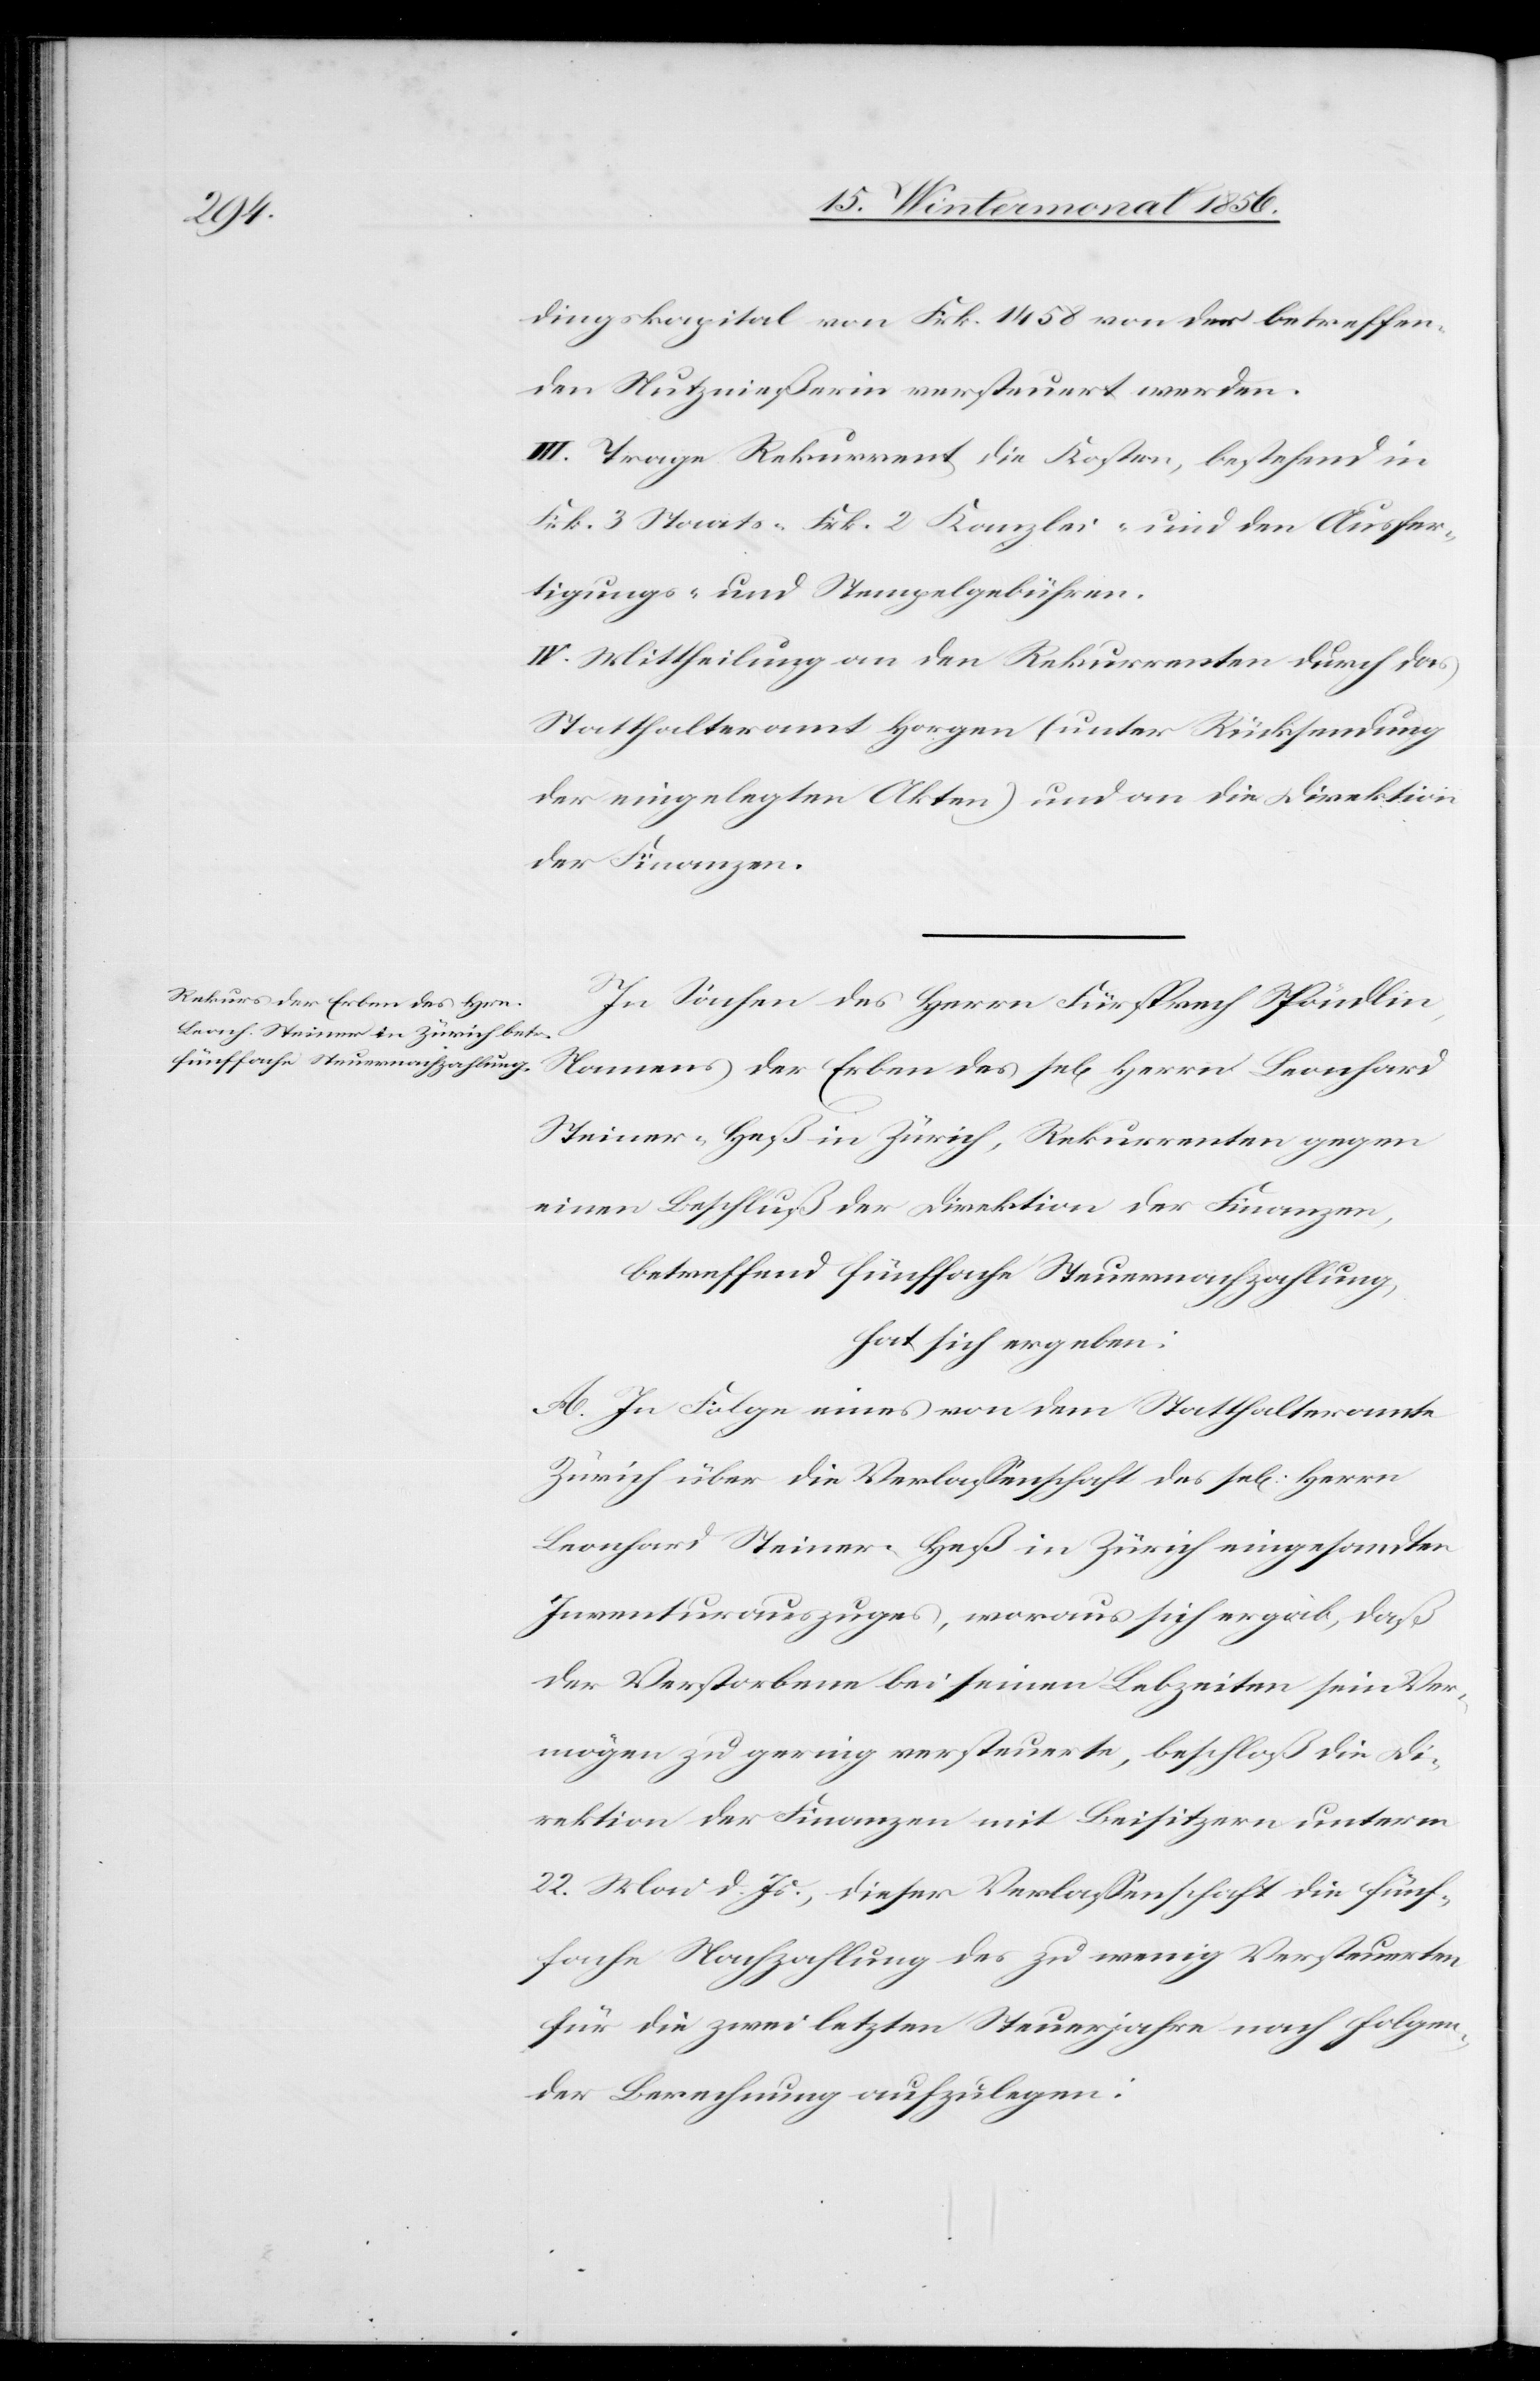
dingskapital von Frk. 1458 von der betreffen¬
den Nutznießerin versteuert werden.
III. Trage Rekurrent die Kosten, bestehend in
Frk. 3 Staats-[,] Frk. 2 Kanzlei- und den Ausfer¬
tigungs- und Stempelgebühren.
IV. Mittheilung an den Rekurrenten durch das
Statthalteramt Horgen (unter Rücksendung
der eingelegten Akten) und an die Direktion
der Finanzen.
In Sachen des Herrn Fürsprech Spöndlin,
Namens der Erben des sel[igen] Herrn Leonhard
Steiner-Heß in Zürich, Rekurrenten gegen
einen Beschluß der Direktion der Finanzen,
betreffend fünffache Steuernachzahlung,
hat sich ergeben:
A. In Folge eines von dem Statthalteramte
Zürich über die Verlassenschaft des sel[igen] Herrn
Leonhard Steiner-Heß in Zürich eingesandten
Inventurauszuges, woraus sich ergab, daß
der Verstorbene bei seinen Lebzeiten sein Ver¬
mögen zu gering versteuerte, beschloß die Di¬
rektion der Finanzen mit Beisitzern unterm
22. Mai d. Js., dieser Verlassenschaft die fünf¬
fache Nachzahlung des zu wenig Versteuerten
für die zwei letzten Steuerjahre nach folgen¬
der Berechnung aufzulegen: